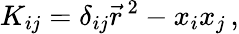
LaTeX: K_{ij}=\delta_{ij}\vec{r}^{\, 2}-x_{i}x_{j}\, ,